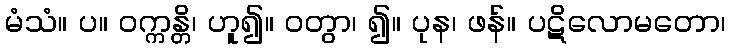
မံသံ။ ပ။ ဝက္ကန္တိ၊ ဟူ၍။ ဝတွာ၊ ၍။ ပုန၊ ဖန်။ ပဋိလောမတော၊